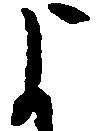
よ